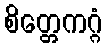
စိတ္တေကဂ္ဂံ